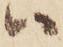
ハ